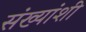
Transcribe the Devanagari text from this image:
संख्यांशी